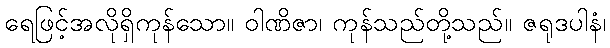
ရေဖြင့်အလိုရှိကုန်သော။ ဝါဏိဇာ၊ ကုန်သည်တို့သည်။ ဇရုဒပါနံ၊